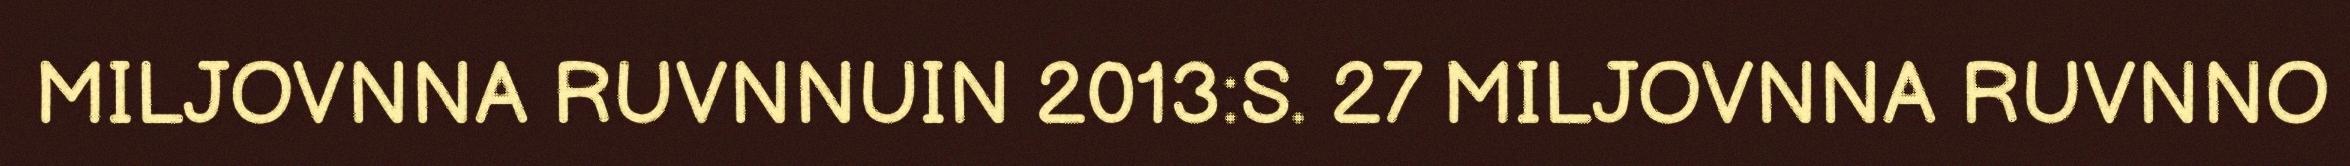
MILJOVNNA RUVNNUIN 2013:S. 27 MILJOVNNA RUVNNO